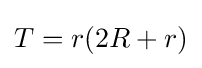
T=r(2R+r)